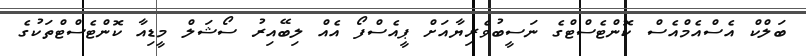
ބަލްކް އެސްއެމްއެސް ކޮންޓެސްޓްގެ ނަސީބުވެރިޔާއަށް ޕީއެސްފޯ އެއް ލިބޭއިރު ސޯޝަލް މީޑިއާ ކޮންޓެސްޓްތަކުގެ